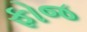
ફોજ